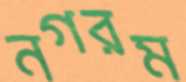
নগরম